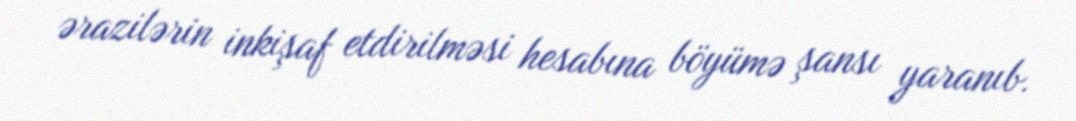
ərazilərin inkişaf etdirilməsi hesabına böyümə şansı yaranıb.